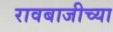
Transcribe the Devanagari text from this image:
रावबाजीच्या